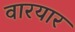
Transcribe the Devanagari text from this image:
वारयार